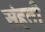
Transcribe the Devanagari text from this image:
संहती